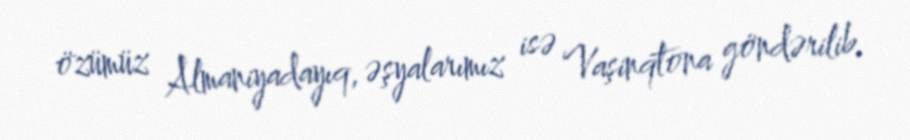
özümüz Almaniyadayıq, əşyalarımız isə Vaşinqtona göndərilib.